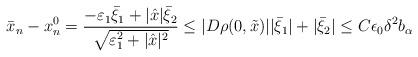
LaTeX: \begin{align*}\bar{x}_n - x_n^0 = \frac{- \varepsilon_1 \bar{\xi}_1 + |\hat{x}| \bar{\xi}_2}{\sqrt{\varepsilon_1^2 + |\hat{x}|^2}} \leq |D \rho (0, \tilde{x})| |\bar{\xi}_1| + |\bar{\xi}_2| \leq C \epsilon_0 \delta^2 b_\alpha\end{align*}